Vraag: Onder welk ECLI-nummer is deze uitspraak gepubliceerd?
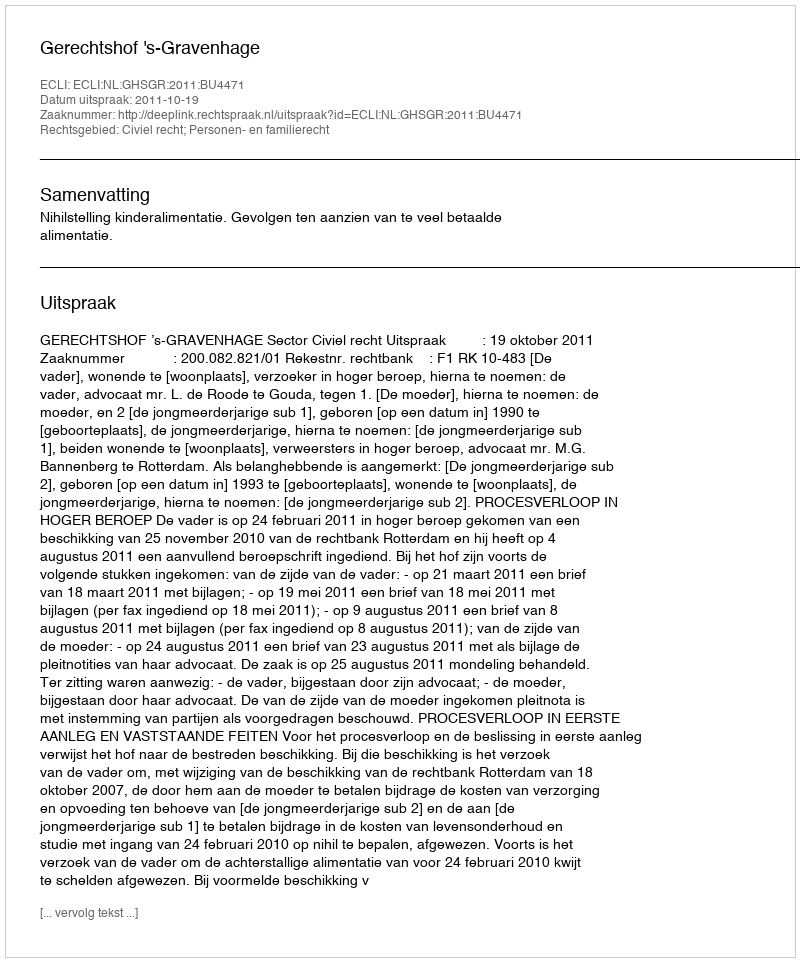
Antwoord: ECLI:NL:GHSGR:2011:BU4471